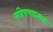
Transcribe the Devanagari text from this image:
संप्रेषणात्मक